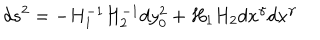
d s ^ { 2 } = - H _ { 1 } ^ { - 1 } H _ { 2 } ^ { - 1 } d y _ { 0 } ^ { 2 } + H _ { 1 } H _ { 2 } d x ^ { \gamma } d x ^ { \gamma }